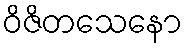
ဝိဇိတသေနော